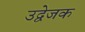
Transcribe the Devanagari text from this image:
उद्वेजक